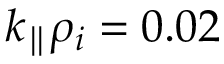
k _ { \parallel } \rho _ { i } = 0 . 0 2